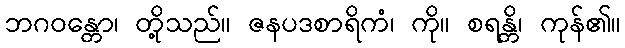
ဘဂဝန္တော၊ တို့သည်။ ဇနပဒစာရိကံ၊ ကို။ စရန္တိ၊ ကုန်၏။